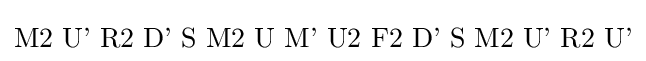
{\text{M2 U' R2 D' S M2 U M' U2 F2 D' S M2 U' R2 U'}}